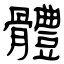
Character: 體